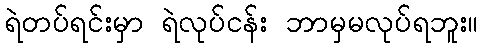
ရဲတပ်ရင်းမှာ ရဲလုပ်ငန်း ဘာမှမလုပ်ရဘူး။